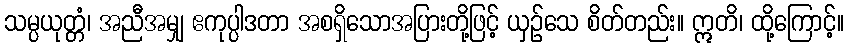
သမ္ပယုတ္တံ၊ အညီအမျှ ဧကုပ္ပါဒတာ အစရှိသောအပြားတို့ဖြင့် ယှဉ်သေ စိတ်တည်း။ ဣတိ၊ ထို့ကြောင့်။